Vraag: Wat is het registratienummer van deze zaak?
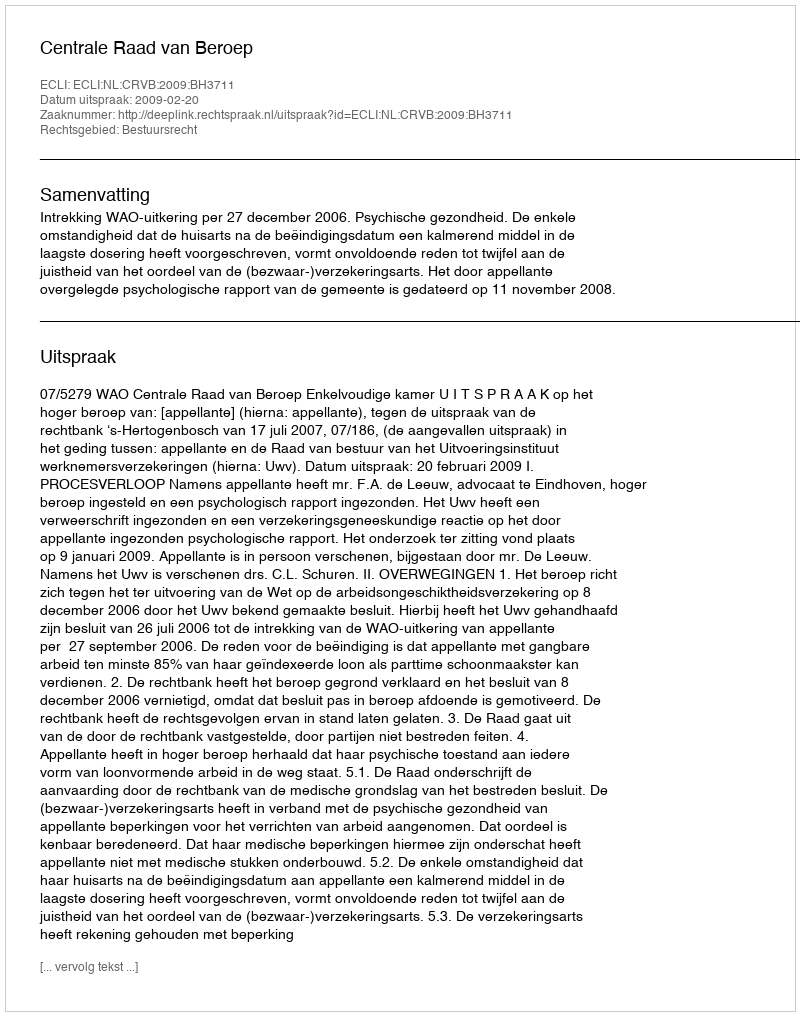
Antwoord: http://deeplink.rechtspraak.nl/uitspraak?id=ECLI:NL:CRVB:2009:BH3711